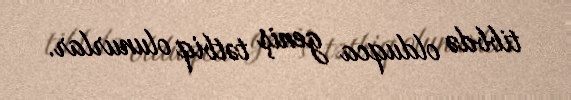
tibbdə olduqca geniş tətbiq olunurlar.